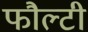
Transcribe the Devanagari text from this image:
फौल्टी